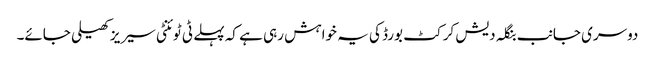
دوسری جانب بنگلہ دیش کرکٹ بورڈ کی یہ خواہش رہی ہے کہ پہلے ٹی ٹوئنٹی سیریز کھیلی جائے۔